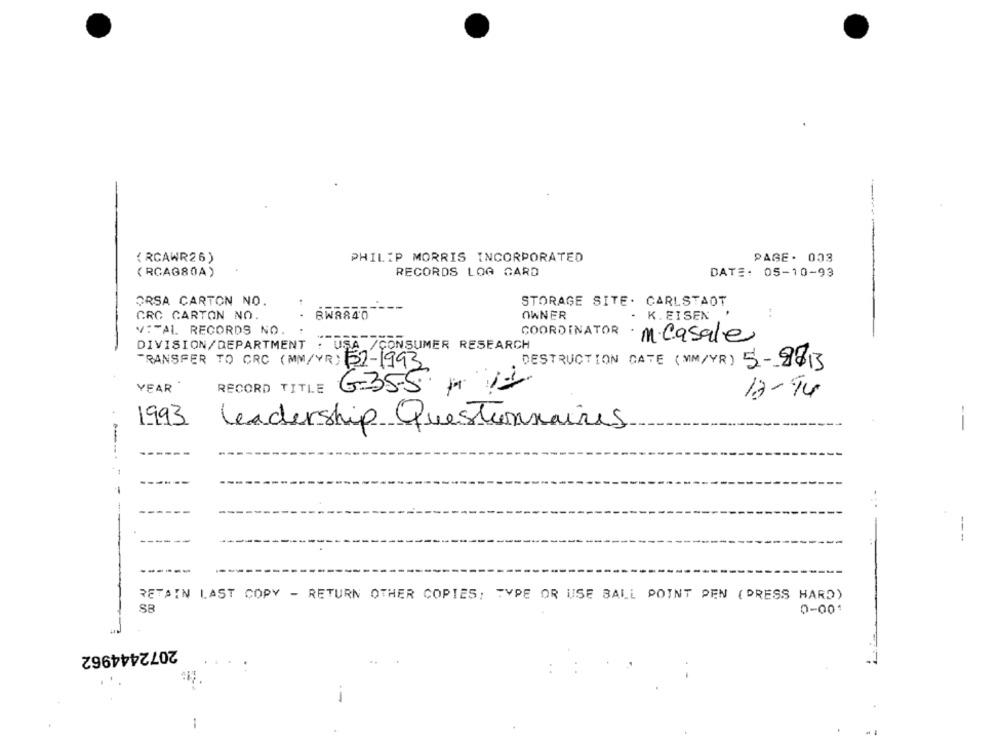
( RCAWR26)
PHILIP MORRIS INCORPORATED
PAGE. 003
( RCAG80A)
RECORDS LOG CARD
DATE: 05-10-93
ORSA CARTON NO.
STORAGE SITE. CARLSTADT
CRC CARTON NO.
BW8840
OWNER
- K.EISEN
VITAL RECORDS NO.
COORDINATOR
· m·casale
DIVISION/DEPARTMENT
USA /CONSUMER RESEARCH
TRANSFER TO CRC (MM/YR) 52-1993
DESTRUCTION DATE (MIM/YR) 5-9813
YEAR "
RECORD TITLE
G35-5 M 11.
12-94
1993
leadership Questionnaires
--
-
--
---
RETAIN LAST COPY - RETURN OTHER COPIES: TYPE OR USE BALL POINT PEN ( DRESS HARD)
SB
0-001
2072444962